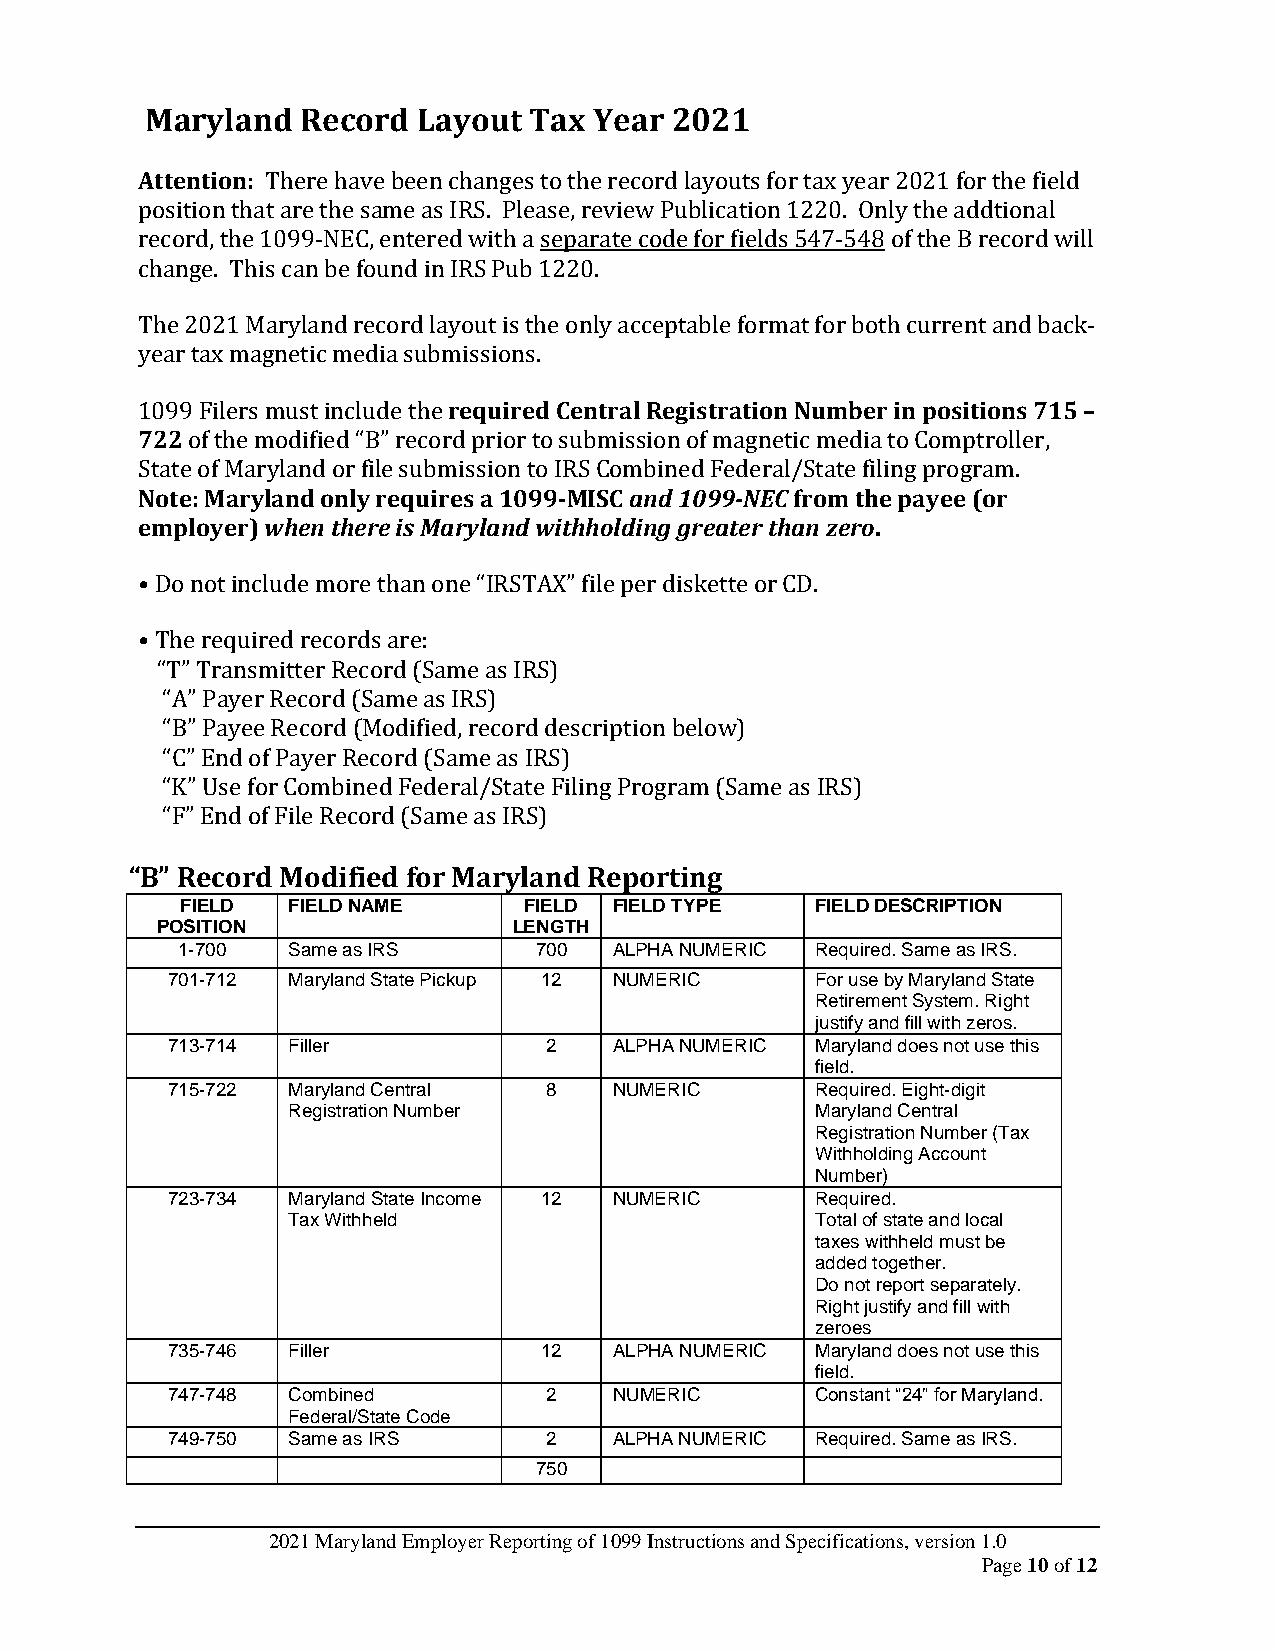
Maryland  Record  Layout Tax Year 2021
 Attention: There have been changes to the record layouts for tax year 2021 for the field
 position that are the same as IRS. Please, review Publication 1220. Only the addtional
 record, the 1099-NEC, entered with a separate code for fields 547-548 of the B record will
 change. This can be found in IRS Pub 1220.
 The 2021 Maryland record layout is the only acceptable format for both current and back-
 year tax magnetic media submissions.
 1099 Filers must include the required Central Registration Number in positions 715 –
 722 of the modified “B” record prior to submission of magnetic media to Comptroller,
 State of Maryland or file submission to IRS Combined Federal/State filing program.
 Note: Maryland only requires a 1099-MISC and 1099-NEC from the payee (or
 employer) when there is Maryland withholding greater than zero.
 • Do not include more than one “IRSTAX” file per diskette or CD.
 • The required records are:
 “T” Transmitter Record (Same as IRS)
 “A” Payer Record (Same as IRS)
 “B” Payee Record (Modified, record description below)
 “C” End of Payer Record (Same as IRS)
 “K” Use for Combined Federal/State Filing Program (Same as IRS)
 “F” End of File Record (Same as IRS)
 “B” Record Modified for Maryland Reporting
 FIELD  FIELD NAME      FIELD FIELD TYPE   FIELD DESCRIPTION
 POSITION                LENGTH
 1-700  Same as IRS     700   ALPHA NUMERIC Required. Same as IRS.
 701-712 Maryland State Pickup 12 NUMERIC   For use by Maryland State
 Retirement System. Right
 justify and fill with zeros.
 713-714 Filler           2    ALPHA NUMERIC Maryland does not use this
 field.
 715-722 Maryland Central 8    NUMERIC      Required. Eight-digit
 Registration Number                Maryland Central
 Registration Number (Tax
 Withholding Account
 Number)
 723-734 Maryland State Income 12 NUMERIC   Required.
 Tax Withheld                       Total of state and local
 taxes withheld must be
 added together.
 Do not report separately.
 Right justify and fill with
 zeroes
 735-746 Filler           12   ALPHA NUMERIC Maryland does not use this
 field.
 747-748 Combined         2    NUMERIC      Constant “24” for Maryland.
 Federal/State Code
 749-750 Same as IRS      2    ALPHA NUMERIC Required. Same as IRS.
 750
 2021 Maryland Employer Reporting of 1099 Instructions and Specifications, version 1.0
 Page 10 of 12